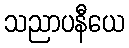
သညာပနီယေ